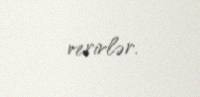
verirlər.